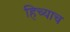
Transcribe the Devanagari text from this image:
हिच्याच